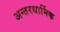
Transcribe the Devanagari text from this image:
अन्तरधार्मिक